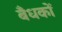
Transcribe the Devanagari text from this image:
बँधकों